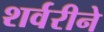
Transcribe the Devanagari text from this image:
शर्वरीने